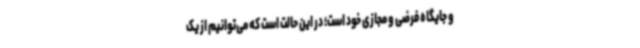
و جایگاه فرضی و مجازی خود است؛ در این حالت است که می‌توانیم از یک